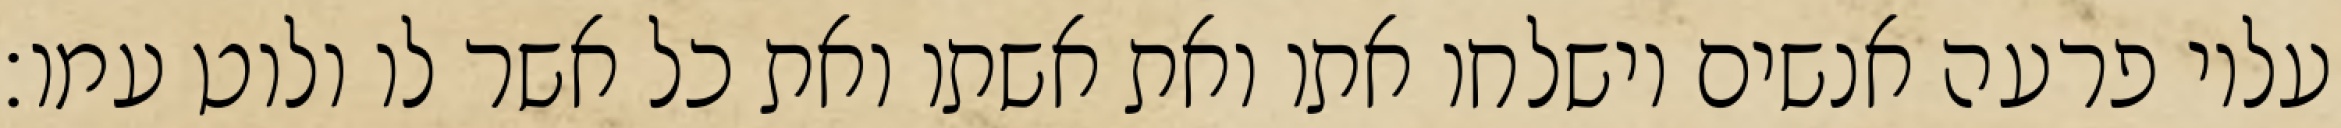
עליו פרעה אנשים וישלחו אתו ואת אשתו ואת כל אשר לו ולוט עמו׃